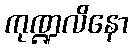
ကုဏ္ဍလိနော